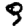
Digit: 9